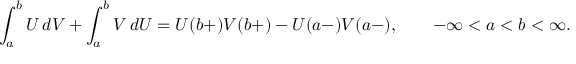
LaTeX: \int _ { a } ^ { b } U \, d V + \int _ { a } ^ { b } V \, d U = U ( b + ) V ( b + ) - U ( a - ) V ( a - ) , \qquad - \infty < a < b < \infty .